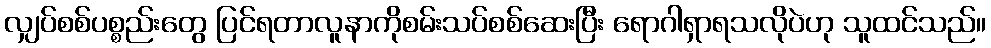
လျှပ်စစ်ပစ္စည်းတွေ ပြင်ရတာလူနာကိုစမ်းသပ်စစ်ဆေးပြီး ရောဂါရှာရသလိုပဲဟု သူထင်သည်။